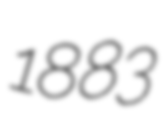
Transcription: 1883